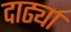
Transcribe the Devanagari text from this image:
दाढ्या